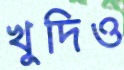
খুদিও